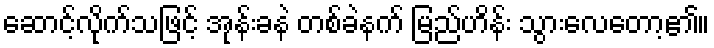
ဆောင့်လိုက်သဖြင့် အုန်းခနဲ တစ်ခဲနက် မြည်ဟိန်း သွားလေတော့၏။